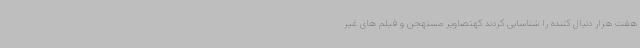
هفت هزار دنبال کننده را شناسایی کردند کهتصاویر مستهجن و فیلم های غیر